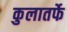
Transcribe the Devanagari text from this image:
कुलातर्फे